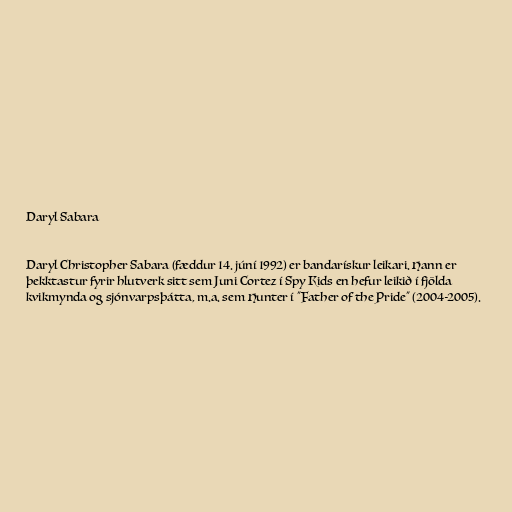
Daryl Sabara

Daryl Christopher Sabara (fæddur 14. júní 1992) er bandarískur leikari. Hann er
þekktastur fyrir hlutverk sitt sem Juni Cortez í Spy Kids en hefur leikið í fjölda
kvikmynda og sjónvarpsþátta, m.a. sem Hunter í "Father of the Pride" (2004-2005).